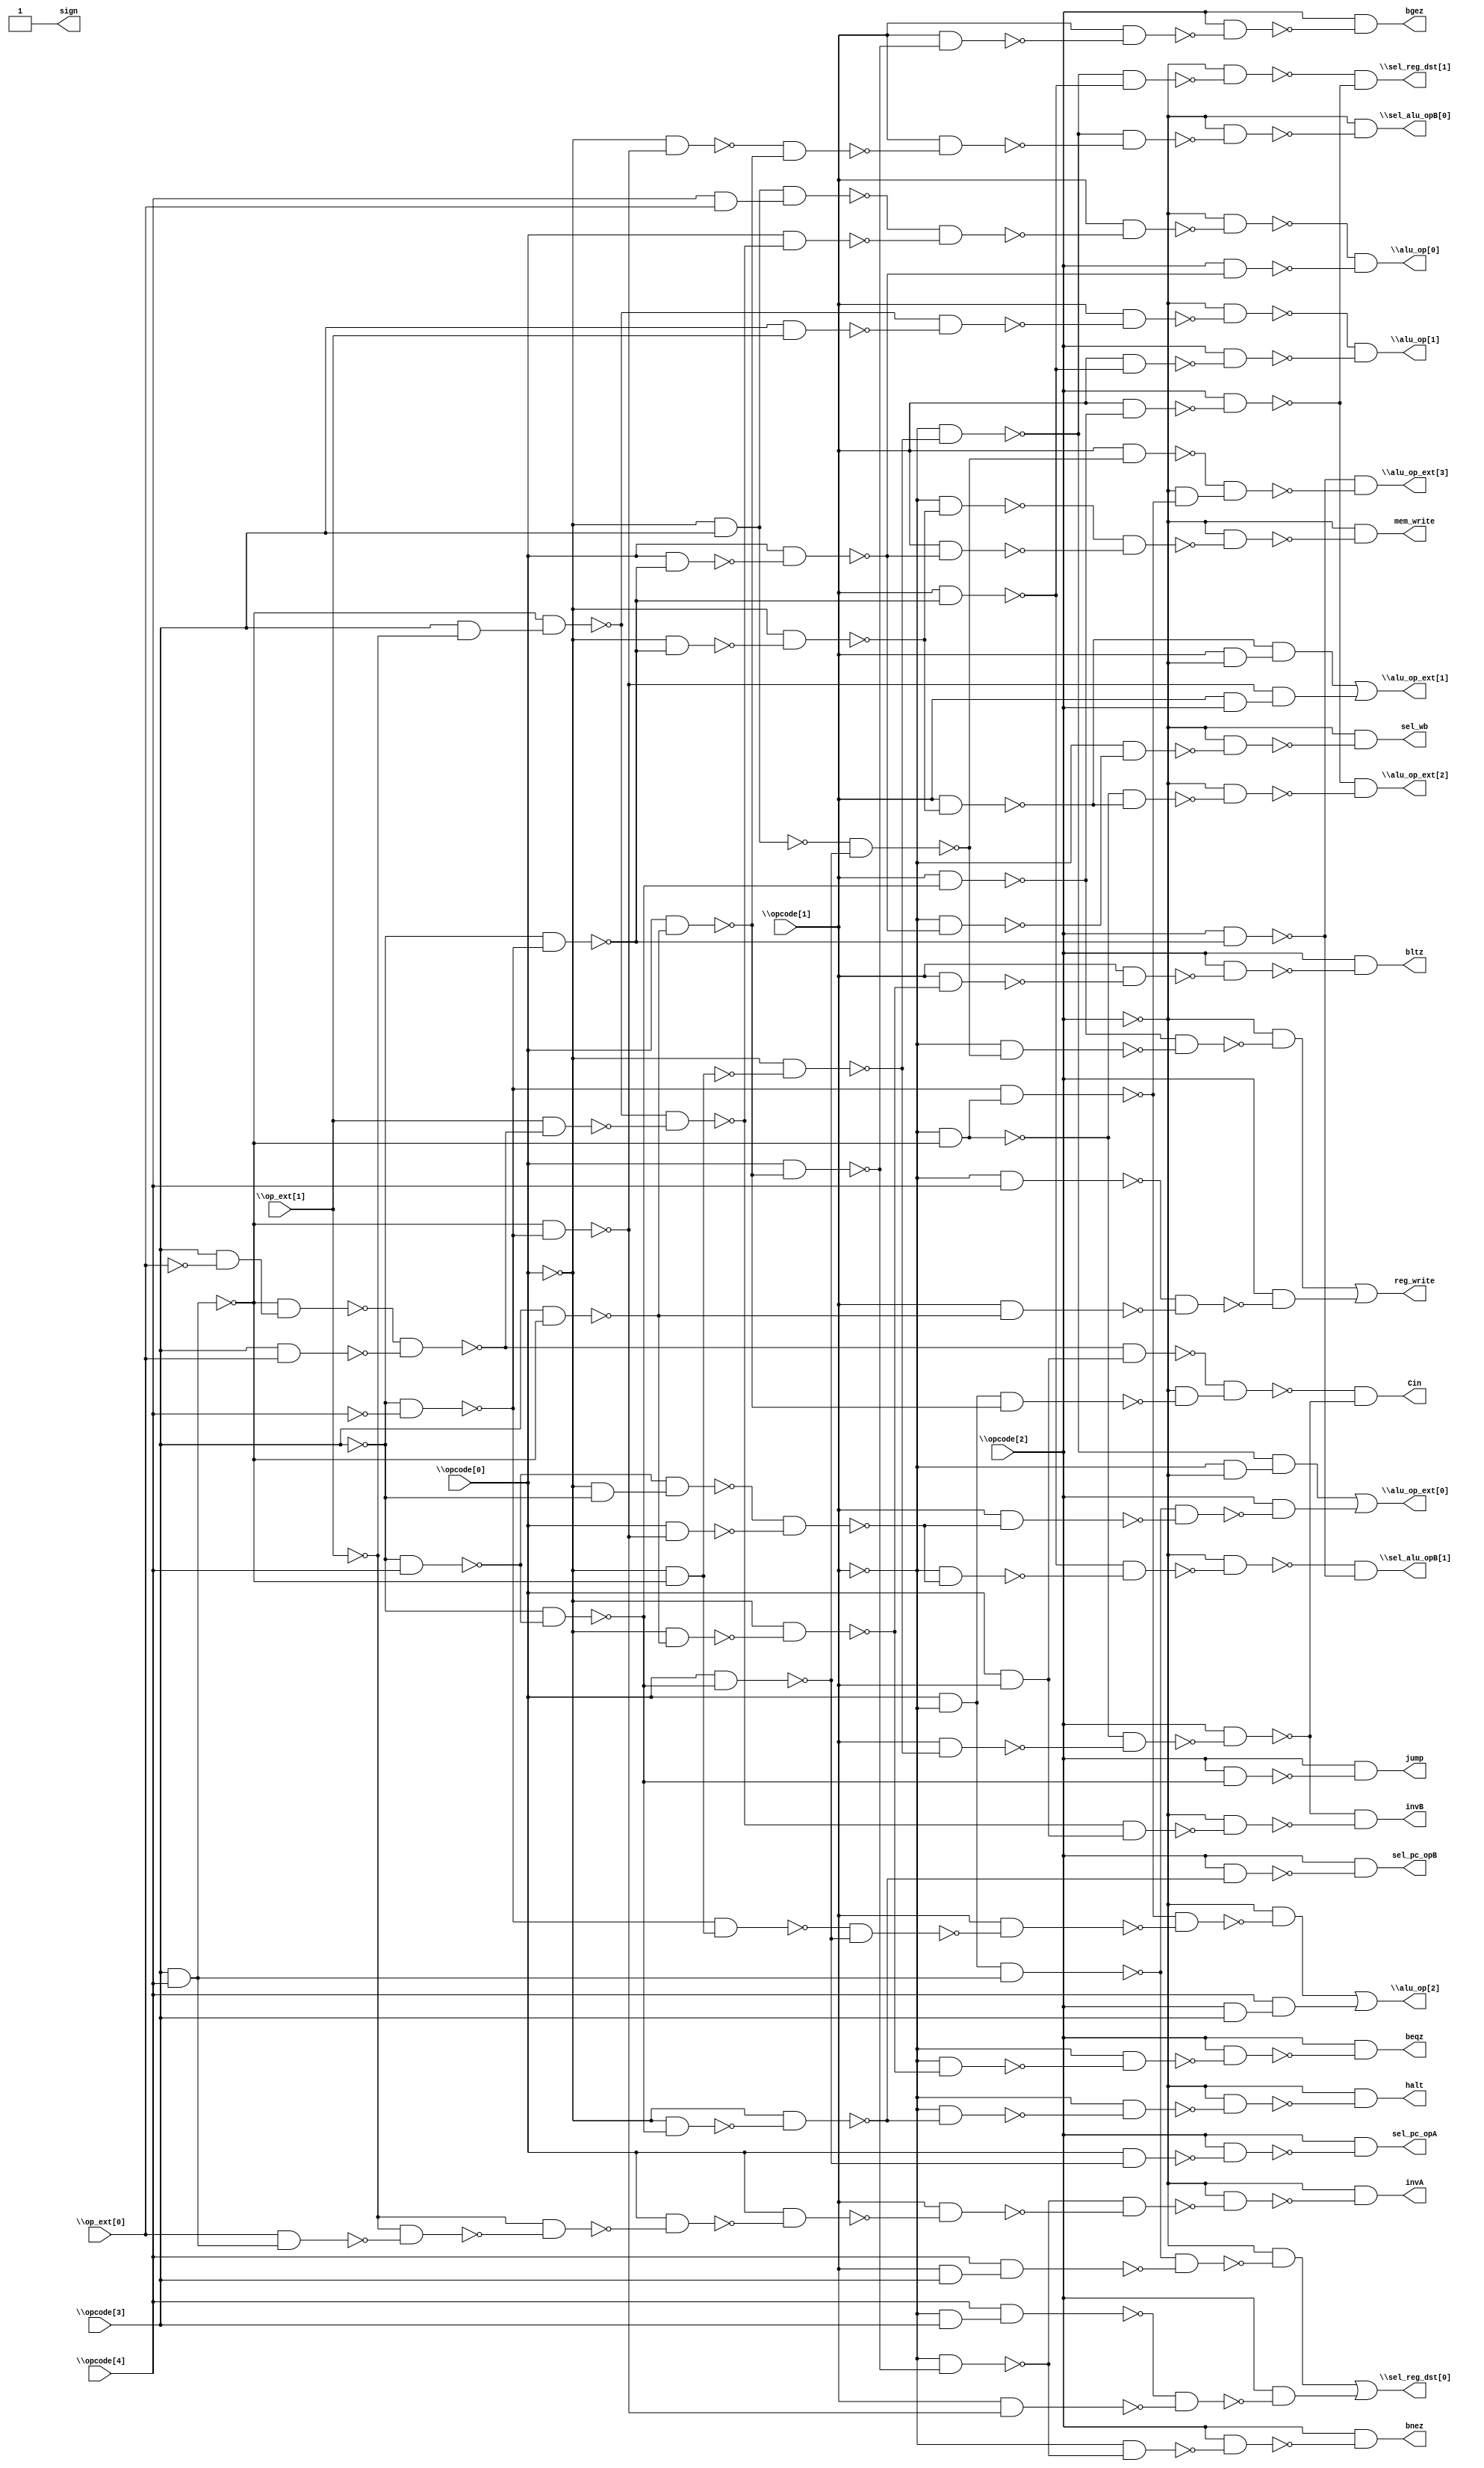
module top ( 
    \opcode[0] , \opcode[1] , \opcode[2] , \opcode[3] , \opcode[4] ,
    \op_ext[0] , \op_ext[1] ,
    \sel_reg_dst[0] , \sel_reg_dst[1] , \sel_alu_opB[0] , \sel_alu_opB[1] ,
    \alu_op[0] , \alu_op[1] , \alu_op[2] , \alu_op_ext[0] ,
    \alu_op_ext[1] , \alu_op_ext[2] , \alu_op_ext[3] , halt, reg_write,
    sel_pc_opA, sel_pc_opB, beqz, bnez, bgez, bltz, jump, Cin, invA, invB,
    sign, mem_write, sel_wb  );
  input  \opcode[0] , \opcode[1] , \opcode[2] , \opcode[3] , \opcode[4] ,
    \op_ext[0] , \op_ext[1] ;
  output \sel_reg_dst[0] , \sel_reg_dst[1] , \sel_alu_opB[0] ,
    \sel_alu_opB[1] , \alu_op[0] , \alu_op[1] , \alu_op[2] ,
    \alu_op_ext[0] , \alu_op_ext[1] , \alu_op_ext[2] , \alu_op_ext[3] ,
    halt, reg_write, sel_pc_opA, sel_pc_opB, beqz, bnez, bgez, bltz, jump,
    Cin, invA, invB, sign, mem_write, sel_wb;
  wire n35, n36, n37, n38, n39, n40, n41, n42, n43, n44, n45, n46, n47, n48,
    n50, n51, n52, n53, n54, n55, n56, n57, n58, n59, n60, n61, n63, n64,
    n65, n66, n67, n68, n69, n71, n72, n73, n74, n75, n76, n77, n78, n80,
    n81, n82, n83, n84, n85, n86, n87, n88, n89, n90, n91, n92, n93, n94,
    n95, n96, n97, n99, n100, n101, n102, n103, n104, n106, n107, n108,
    n109, n110, n111, n112, n113, n114, n115, n117, n118, n119, n120, n121,
    n123, n124, n125, n126, n127, n128, n129, n131, n132, n134, n135, n136,
    n137, n139, n140, n141, n142, n143, n145, n146, n147, n148, n149, n150,
    n151, n153, n154, n156, n158, n159, n160, n161, n162, n164, n165, n166,
    n167, n169, n170, n171, n173, n174, n175, n177, n179, n180, n181, n182,
    n183, n184, n185, n186, n188, n189, n190, n191, n192, n193, n194, n195,
    n197, n198, n200, n201, n202, n203, n205, n206, n207;
  assign n35 = \opcode[0]  & ~\opcode[1] ;
  assign n36 = \opcode[3]  & \opcode[4] ;
  assign n37 = n35 & n36;
  assign n38 = \opcode[1]  & \opcode[3] ;
  assign n39 = \opcode[4]  & n38;
  assign n40 = ~n37 & ~n39;
  assign n41 = ~\opcode[2]  & ~n40;
  assign n42 = ~\opcode[1]  & \opcode[3] ;
  assign n43 = \opcode[4]  & n42;
  assign n44 = ~\opcode[3]  & ~\opcode[4] ;
  assign n45 = ~n36 & ~n44;
  assign n46 = \opcode[1]  & ~n45;
  assign n47 = ~n43 & ~n46;
  assign n48 = \opcode[2]  & ~n47;
  assign \sel_reg_dst[0]  = n41 | n48;
  assign n50 = ~\opcode[0]  & ~n36;
  assign n51 = ~\opcode[0]  & ~n50;
  assign n52 = ~\opcode[1]  & ~n51;
  assign n53 = ~\opcode[3]  & ~n44;
  assign n54 = \opcode[1]  & ~n53;
  assign n55 = ~n52 & ~n54;
  assign n56 = ~\opcode[2]  & ~n55;
  assign n57 = ~\opcode[3]  & \opcode[4] ;
  assign n58 = ~\opcode[3]  & ~n57;
  assign n59 = \opcode[1]  & ~n58;
  assign n60 = \opcode[1]  & ~n59;
  assign n61 = \opcode[2]  & ~n60;
  assign \sel_reg_dst[1]  = ~n56 & ~n61;
  assign n63 = ~\opcode[0]  & ~n45;
  assign n64 = \opcode[3]  & ~n36;
  assign n65 = \opcode[0]  & ~n64;
  assign n66 = ~n63 & ~n65;
  assign n67 = \opcode[1]  & ~n66;
  assign n68 = ~n52 & ~n67;
  assign n69 = ~\opcode[2]  & ~n68;
  assign \sel_alu_opB[0]  = ~\opcode[2]  & ~n69;
  assign n71 = ~\opcode[0]  & ~\opcode[3] ;
  assign n72 = ~n57 & n71;
  assign n73 = \opcode[0]  & ~n45;
  assign n74 = ~n72 & ~n73;
  assign n75 = ~\opcode[1]  & ~n74;
  assign n76 = ~n54 & ~n75;
  assign n77 = ~\opcode[2]  & ~n76;
  assign n78 = \opcode[2]  & ~n53;
  assign \sel_alu_opB[1]  = ~n77 & ~n78;
  assign n80 = ~\opcode[0]  & \opcode[3] ;
  assign n81 = \opcode[4]  & \op_ext[0] ;
  assign n82 = n80 & n81;
  assign n83 = \opcode[3]  & ~\op_ext[1] ;
  assign n84 = ~n36 & n83;
  assign n85 = \opcode[3]  & ~\op_ext[0] ;
  assign n86 = ~n36 & n85;
  assign n87 = \opcode[3]  & \op_ext[0] ;
  assign n88 = ~n86 & ~n87;
  assign n89 = \op_ext[1]  & ~n88;
  assign n90 = ~n84 & ~n89;
  assign n91 = \opcode[0]  & ~n90;
  assign n92 = ~n82 & ~n91;
  assign n93 = \opcode[1]  & ~n92;
  assign n94 = ~\opcode[2]  & ~n93;
  assign n95 = \opcode[0]  & ~n53;
  assign n96 = \opcode[0]  & ~n95;
  assign n97 = \opcode[2]  & ~n96;
  assign \alu_op[0]  = ~n94 & ~n97;
  assign n99 = \opcode[3]  & \op_ext[1] ;
  assign n100 = ~n84 & ~n99;
  assign n101 = \opcode[1]  & ~n100;
  assign n102 = ~\opcode[2]  & ~n101;
  assign n103 = \opcode[1]  & ~n54;
  assign n104 = \opcode[2]  & ~n103;
  assign \alu_op[1]  = ~n102 & ~n104;
  assign n106 = ~\opcode[1]  & ~n36;
  assign n107 = ~n44 & n106;
  assign n108 = ~n44 & n50;
  assign n109 = \opcode[0]  & ~n58;
  assign n110 = ~n108 & ~n109;
  assign n111 = \opcode[1]  & ~n110;
  assign n112 = ~n107 & ~n111;
  assign n113 = ~\opcode[2]  & ~n112;
  assign n114 = \opcode[2]  & \opcode[3] ;
  assign n115 = \opcode[4]  & n114;
  assign \alu_op[2]  = n113 | n115;
  assign n117 = ~\opcode[1]  & ~\opcode[2] ;
  assign n118 = ~n52 & n117;
  assign n119 = \opcode[1]  & ~n74;
  assign n120 = ~n37 & ~n119;
  assign n121 = \opcode[2]  & ~n120;
  assign \alu_op_ext[0]  = n118 | n121;
  assign n123 = ~\opcode[0]  & ~n53;
  assign n124 = ~\opcode[0]  & ~n123;
  assign n125 = \opcode[1]  & ~n124;
  assign n126 = \opcode[1]  & ~\opcode[2] ;
  assign n127 = ~n125 & n126;
  assign n128 = \opcode[1]  & \opcode[2] ;
  assign n129 = ~n45 & n128;
  assign \alu_op_ext[1]  = n127 | n129;
  assign n131 = ~n106 & ~n125;
  assign n132 = ~\opcode[2]  & ~n131;
  assign \alu_op_ext[2]  = ~n61 & ~n132;
  assign n134 = ~n80 & ~n109;
  assign n135 = \opcode[1]  & ~n134;
  assign n136 = ~\opcode[2]  & ~n107;
  assign n137 = ~n135 & n136;
  assign \alu_op_ext[3]  = ~n78 & ~n137;
  assign n139 = ~\opcode[0]  & ~n58;
  assign n140 = ~\opcode[0]  & ~n139;
  assign n141 = ~\opcode[1]  & ~n140;
  assign n142 = ~\opcode[1]  & ~n141;
  assign n143 = ~\opcode[2]  & ~n142;
  assign halt = ~\opcode[2]  & ~n143;
  assign n145 = ~\opcode[1]  & ~n134;
  assign n146 = ~n59 & ~n145;
  assign n147 = ~\opcode[2]  & ~n146;
  assign n148 = ~\opcode[1]  & \opcode[4] ;
  assign n149 = \opcode[1]  & ~n64;
  assign n150 = ~n148 & ~n149;
  assign n151 = \opcode[2]  & ~n150;
  assign reg_write = n147 | n151;
  assign n153 = \opcode[0]  & ~n109;
  assign n154 = \opcode[2]  & ~n153;
  assign sel_pc_opA = \opcode[2]  & ~n154;
  assign n156 = \opcode[2]  & ~n140;
  assign sel_pc_opB = \opcode[2]  & ~n156;
  assign n158 = ~\opcode[0]  & ~n64;
  assign n159 = ~\opcode[0]  & ~n158;
  assign n160 = ~\opcode[1]  & ~n159;
  assign n161 = ~\opcode[1]  & ~n160;
  assign n162 = \opcode[2]  & ~n161;
  assign beqz = \opcode[2]  & ~n162;
  assign n164 = \opcode[0]  & ~n65;
  assign n165 = ~\opcode[1]  & ~n164;
  assign n166 = ~\opcode[1]  & ~n165;
  assign n167 = \opcode[2]  & ~n166;
  assign bnez = \opcode[2]  & ~n167;
  assign n169 = \opcode[1]  & ~n164;
  assign n170 = \opcode[1]  & ~n169;
  assign n171 = \opcode[2]  & ~n170;
  assign bgez = \opcode[2]  & ~n171;
  assign n173 = \opcode[1]  & ~n159;
  assign n174 = \opcode[1]  & ~n173;
  assign n175 = \opcode[2]  & ~n174;
  assign bltz = \opcode[2]  & ~n175;
  assign n177 = \opcode[2]  & ~n58;
  assign jump = \opcode[2]  & ~n177;
  assign n179 = \opcode[0]  & \opcode[1] ;
  assign n180 = ~n88 & n179;
  assign n181 = n35 & ~n65;
  assign n182 = ~\opcode[2]  & ~n181;
  assign n183 = ~n180 & n182;
  assign n184 = \opcode[1]  & ~n51;
  assign n185 = ~n106 & ~n184;
  assign n186 = \opcode[2]  & ~n185;
  assign Cin = ~n183 & ~n186;
  assign n188 = \op_ext[0]  & n36;
  assign n189 = ~\op_ext[1]  & ~n188;
  assign n190 = ~\op_ext[1]  & ~n189;
  assign n191 = \opcode[0]  & ~n190;
  assign n192 = \opcode[0]  & ~n191;
  assign n193 = \opcode[1]  & ~n192;
  assign n194 = ~n165 & ~n193;
  assign n195 = ~\opcode[2]  & ~n194;
  assign invA = ~\opcode[2]  & ~n195;
  assign n197 = ~n90 & n179;
  assign n198 = ~\opcode[2]  & ~n197;
  assign invB = ~n186 & ~n198;
  assign n200 = ~\opcode[1]  & ~n124;
  assign n201 = \opcode[1]  & ~n96;
  assign n202 = ~n200 & ~n201;
  assign n203 = ~\opcode[2]  & ~n202;
  assign mem_write = ~\opcode[2]  & ~n203;
  assign n205 = ~\opcode[1]  & ~n96;
  assign n206 = ~\opcode[1]  & ~n205;
  assign n207 = ~\opcode[2]  & ~n206;
  assign sel_wb = ~\opcode[2]  & ~n207;
  assign sign = 1'b1;
endmodule